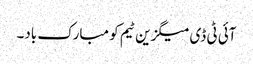
آئی ٹی ڈی میگزین ٹیم کو مبارک باد۔